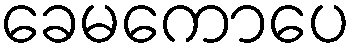
ခေမကောပေ